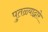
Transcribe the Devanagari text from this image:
पुतळ्याद्वारे